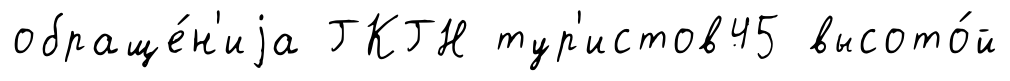
обраще́н'иjа ГКГН тур'истов45 высото́й